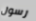
رسول